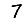
Digit: 7